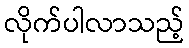
လိုက်ပါလာသည့်